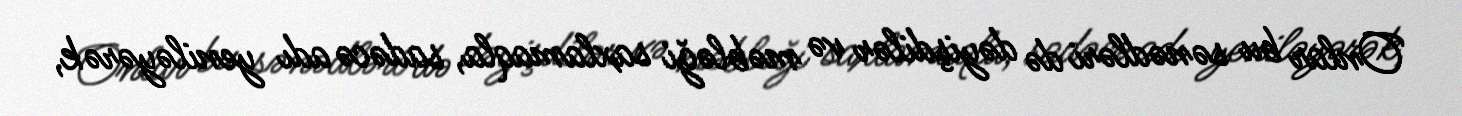
Onlar bu sənədləri də dəyişdilər və məbləği saxlamaqla, sadəcə adı yeniləyərək,